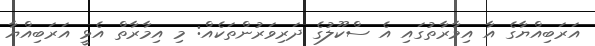
އަރަބިއްޔާގެ އާ އިމާރާތުގައި އެ ސްކޫލުގެ ދަރިވަރުންތަކެއް: މި އިމާރާތް އެޅީ އަރަބިއްޔާ